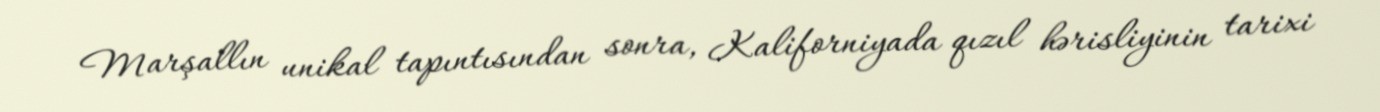
Marşallın unikal tapıntısından sonra, Kaliforniyada qızıl hərisliyinin tarixi